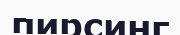
пирсинг